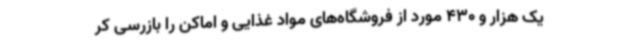
یک هزار و 430 مورد از فروشگاه‌های مواد غذایی و اماکن را بازرسی کر